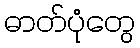
ဓာတ်ပုံတွေ